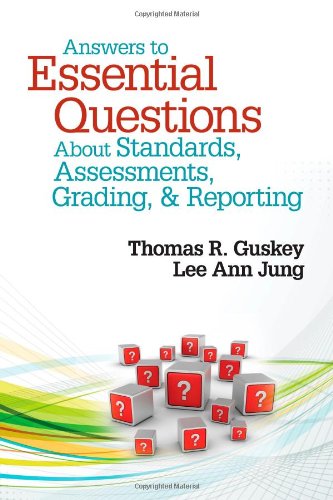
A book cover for Answers to Essential Questions About Standards, Assessments, Grading, and Reporting; Thomas R. Guskey; Education & Teaching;